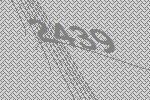
2439